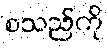
စသည်ကို